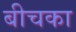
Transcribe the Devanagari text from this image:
बीचका